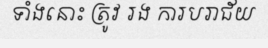
ទាំងនោះ ត្រូវ រង ការបរាជ័យ